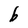
Character: b